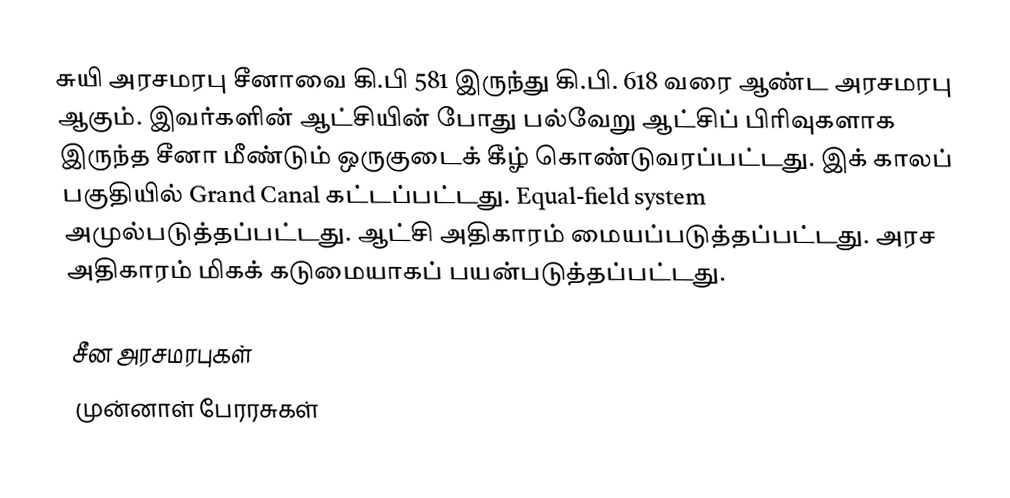
சுயி அரசமரபு சீனாவை கி.பி 581 இருந்து கி.பி. 618 வரை ஆண்ட அரசமரபு ஆகும்.  இவர்களின் ஆட்சியின் போது பல்வேறு ஆட்சிப் பிரிவுகளாக இருந்த சீனா மீண்டும் ஒருகுடைக் கீழ் கொண்டுவரப்பட்டது.  இக் காலப் பகுதியில்  Grand Canal கட்டப்பட்டது.  Equal-field system அமுல்படுத்தப்பட்டது.  ஆட்சி அதிகாரம் மையப்படுத்தப்பட்டது.  அரச அதிகாரம் மிகக் கடுமையாகப் பயன்படுத்தப்பட்டது.

சீன அரசமரபுகள்
முன்னாள் பேரரசுகள்